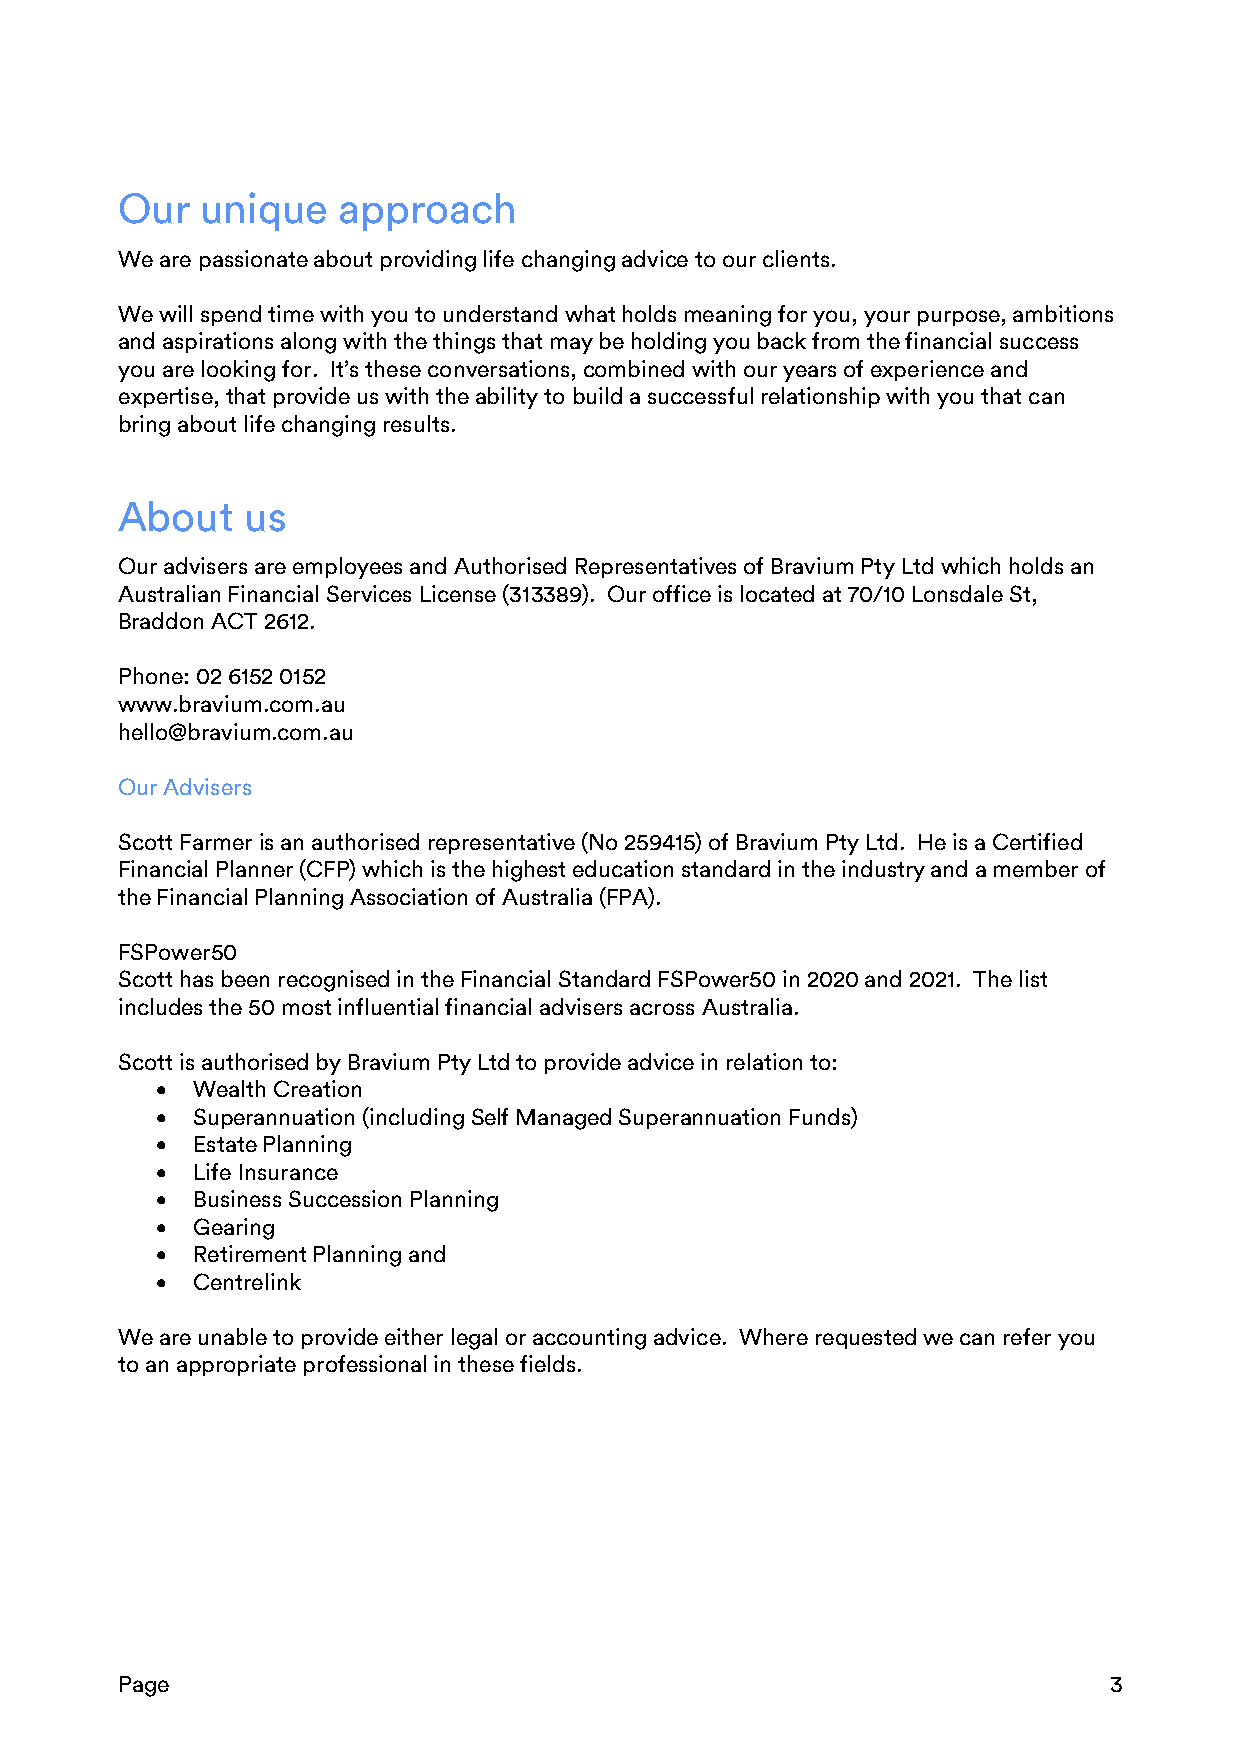
Our  unique   approach
 We are passionate about providing life changing advice to our clients.
 We will spend time with you to understand what holds meaning for you, your purpose, ambitions
 and aspirations along with the things that may be holding you back from the financial success
 you are looking for. It’s these conversations, combined with our years of experience and
 expertise, that provide us with the ability to build a successful relationship with you that can
 bring about life changing results.
 About   us
 Our advisers are employees and Authorised Representatives of Bravium Pty Ltd which holds an
 Australian Financial Services License (313389). Our office is located at 70/10 Lonsdale St,
 Braddon ACT 2612.
 Phone: 02 6152 0152
 www.bravium.com.au
 hello@bravium.com.au
 Our Advisers
 Scott Farmer is an authorised representative (No 259415) of Bravium Pty Ltd. He is a Certified
 Financial Planner (CFP) which is the highest education standard in the industry and a member of
 the Financial Planning Association of Australia (FPA).
 FSPower50
 Scott has been recognised in the Financial Standard FSPower50 in 2020 and 2021. The list
 includes the 50 most influential financial advisers across Australia.
 Scott is authorised by Bravium Pty Ltd to provide advice in relation to:
 •  Wealth Creation
 •  Superannuation (including Self Managed Superannuation Funds)
 •  Estate Planning
 •  Life Insurance
 •  Business Succession Planning
 •  Gearing
 •  Retirement Planning and
 •  Centrelink
 We are unable to provide either legal or accounting advice. Where requested we can refer you
 to an appropriate professional in these fields.
 Page                                                             3